Vaccination in Burma 1900-1911 - 1900-1911
Year: 1900
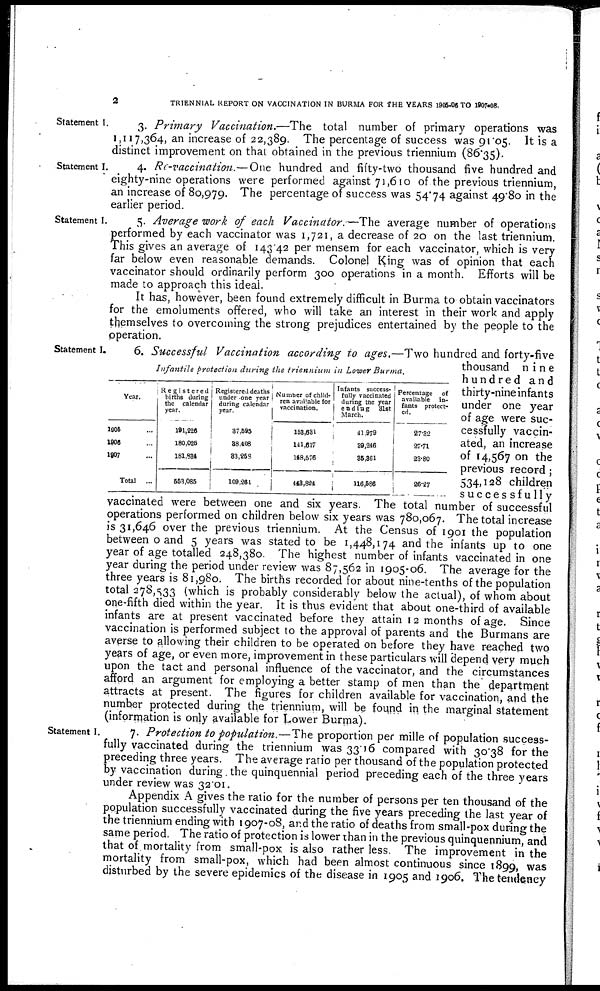
2
TRIENNIAL REPORT ON VACCINATION IN BURMA FOR THE YEARS 1905-06 TO 1907-08.
Statement I.
3. Primary Vaccination.—The total number of primary operations was
1,117,364, an increase of 22,389. The percentage of success was 91.05. It is a
distinct improvement on that obtained in the previous triennium (86.35).
Statement I.
4. Re-vaccination.—One hundred and fifty-two thousand five hundred and
eighty-nine operations were performed against 71,610 of the previous triennium,
an increase of 80,979. The percentage of success was 54.74 against 49.80 in the
earlier period.
Statement I.
5. Average work of each Vaccinator.— The average number of operations
performed by each vaccinator was 1,721, a decrease of 20 on the last triennium.
This gives an average of 143.42 per mensem for each vaccinator, which is very
far below even reasonable demands. Colonel King was of opinion that each
vaccinator should ordinarily perform 300 operations in a month. Efforts will be
made to approach this ideal.
It has, however, been found extremely difficult in Burma to obtain vaccinators
for the emoluments offered, who will take an interest in their work and apply
themselves to overcoming the strong prejudices entertained by the people to the
operation.
Statement I.
Infantile protection during the triennium in Lower Burma.
Year.
1905 ...
1906 ...
1907 ...
Total ...
Registered
births during
the calendar
year.
191,226
180,026
181,831
553,085
Registered deaths
under one year
daring calendar
year.
37,595
38,408
83,258
109,261
Number of child-
ren available for
vaccination.
153,631
111,617
118,576
413,824
Infants success-
fully vaccinated
during the year
ending 31st
March.
41,979
39,216
35,361
116,586
Percentage of
available in-
fants protect-
ed.
27.32
27.71
23.80
26.27
6. Successful Vaccination according to ages.—Two hundred and forty-five
thousand nine
hundred and
thirty-nine infants
under one year
of age were suc-
cessfully vaccin-
ated, an increase
of 14,567 on the
previous record;
534,128 children
successfully
vaccinated were between one and six years. The total number of successful
operations performed on children below six years was 780,067. The total increase
is 31,646 over the previous triennium. At the Census of 1901 the population
between 0 and 5 years was stated to be 1,448,174 and the infants up to one
year of age totalled 248,380. The highest number of infants vaccinated in one
year during the period under review was 87,562 in 1905-06. The average for the
three years is 81,980. The births recorded for about nine-tenths of the population
total 278,533 (which is probably considerably below the actual), of whom about
one-fifth died within the year. It is thus evident that about one-third of available
infants are at present vaccinated before they attain 12 months of age. Since
vaccination is performed subject to the approval of parents and the Burmans are
averse to allowing their children to be operated on before they have reached two
years of age, or even more, improvement in these particulars will depend very much
upon the tact and personal influence of the vaccinator, and the circumstances
afford an argument for employing a better stamp of men than the department
attracts at present. The figures for children available for vaccination, and the
number protected during the triennium, will be found in the marginal statement
(information is only available for Lower Burma).
Statement I.
7. Protection to population.—The proportion per mille of population success-
fully vaccinated during the triennium was 33.16 compared with 30.38 for the
preceding three years. The average ratio per thousand of the population protected
by vaccination during the quinquennial period preceding each of the three years
under review was 32.01.
Appendix A gives the ratio for the number of persons per ten thousand of the
population successfully vaccinated during the five years preceding the last year of
the triennium ending with 1907-08, and the ratio of deaths from small-pox during the
same period. The ratio of protection is lower than in the previous quinquennium, and
that of mortality from small-pox is also rather less. The improvement in the
mortality from small-pox, which had been almost continuous since 1899, was
disturbed by the severe epidemics of the disease in 1905 and 1906. The tendency